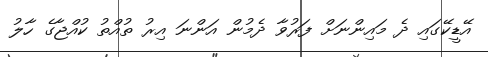
އޭޑީކޭގައި ދެ މައިންނަށް ފަރުވާ ދެމުން އަންނަ އިރު ތުއްތު ކުއްޖާގެ ހާލު